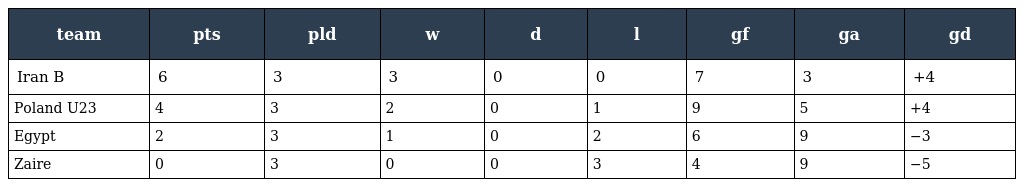
| team | pts | pld | w | d | l | gf | ga | gd |
 | --- | --- | --- | --- | --- | --- | --- | --- | --- |
 | Iran B | 6 | 3 | 3 | 0 | 0 | 7 | 3 | +4 |
 | Poland U23 | 4 | 3 | 2 | 0 | 1 | 9 | 5 | +4 |
 | Egypt | 2 | 3 | 1 | 0 | 2 | 6 | 9 | −3 |
 | Zaire | 0 | 3 | 0 | 0 | 3 | 4 | 9 | −5 |